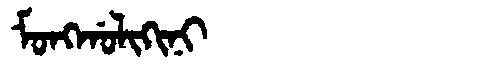
Manchu: ᠮᠣᠩᡤᠣᠯᡳᡴᡳᠨᡳ
Romanization: MONGGOLIKINI